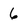
Character: 6